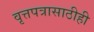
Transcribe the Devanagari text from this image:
वृत्तपत्रासाठीही